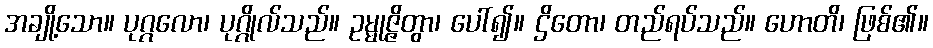
အချို့သော။ ပုဂ္ဂလော၊ ပုဂ္ဂိုလ်သည်။ ဥမ္မုဇ္ဇိတွာ၊ ပေါ်၍။ ဌိတော၊ တည်ရပ်သည်။ ဟောတိ၊ ဖြစ်၏။